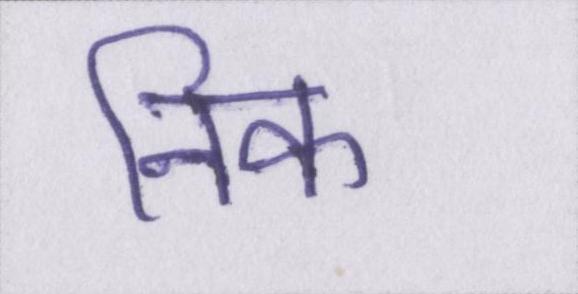
निक